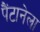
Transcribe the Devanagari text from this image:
पैंटानेला